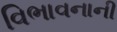
વિભાવનાની